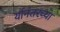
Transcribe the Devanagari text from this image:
र्यानंतरच्या